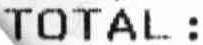
TOTAL :